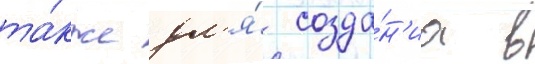
та́кже дл'я́ созда́н'иа в